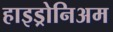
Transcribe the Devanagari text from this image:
हाइड्रोनिअम